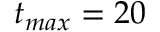
t _ { m a x } = 2 0